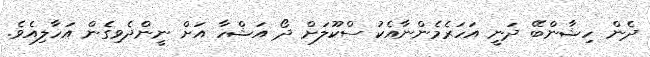
ދެން ހިޝާންބޭ ދަނީ އަހަރެމެންނާއެކު ސްކޫލަށް ދޯ އަޝްހާ އަށް ނީންދެވިގެން އަހާލިއެވެ.